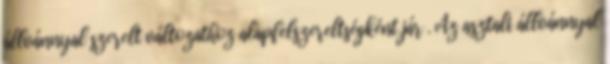
állvánnyal szerelt változathoz alapfelszereltségként jár . Az asztali állvánnyal